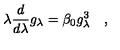
\lambda { \frac { d } { d \lambda } } g _ { \lambda } = \beta _ { 0 } g _ { \lambda } ^ { 3 } \quad ,